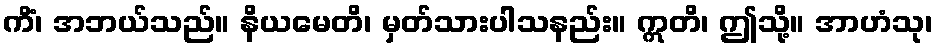
ကိံ၊ အဘယ်သည်။ နိယမေတိ၊ မှတ်သားပါသနည်း။ ဣတိ၊ ဤသို့။ အာဟံသု၊